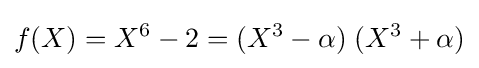
f(X)=X^{6}-2=(X^{3}-\alpha )\;(X^{3}+\alpha )